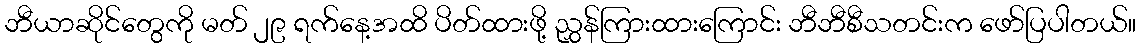
ဘီယာဆိုင်တွေကို မတ် ၂၉ ရက်နေ့အထိ ပိတ်ထားဖို့ ညွှန်ကြားထားကြောင်း ဘီဘီစီသတင်းက ဖော်ပြပါတယ်။